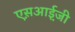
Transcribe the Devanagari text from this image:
एस़आई़जी